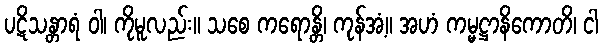
ပဋိသန္တာရံ ဝါ၊ ကိုမူလည်း။ သစေ ကရောန္တိ၊ ကုန်အံ့။ အဟံ ကမ္မဋ္ဌာနိကောတိ၊ ငါ